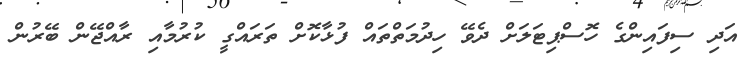
އަދި ސިފައިންގެ ހޮސްޕިޓަލަށް ދެވޭ ހިދުމަތްތައް ފުޅާކޮށް ތަރައްގީ ކުރުމާއި ރާއްޖޭން ބޭރުން